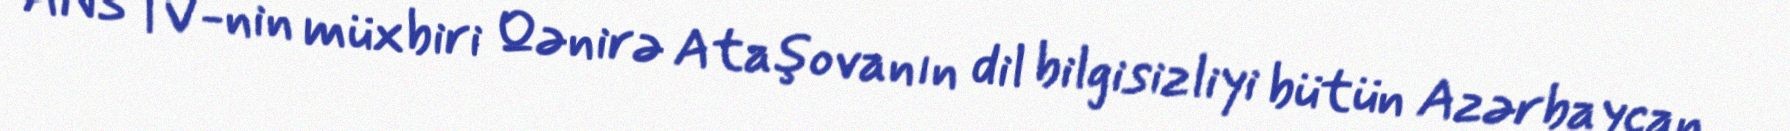
ANS TV-nin müxbiri Qənirə Ataşovanın dil bilgisizliyi bütün Azərbaycan